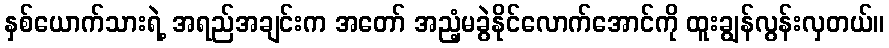
နှစ်ယောက်သားရဲ့ အရည်အချင်းက အတော် အညံ့မခွဲနိုင်လောက်အောင်ကို ထူးချွန်လွန်းလှတယ်။